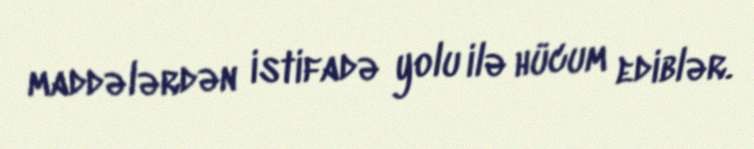
maddələrdən istifadə yolu ilə hücum ediblər.